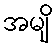
အမျိ